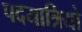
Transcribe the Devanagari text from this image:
पदयात्रियो